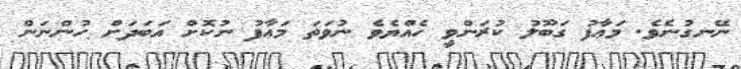
ނޭނގުނެވެ. މަޢާފު ގަބޫލު ކުރަންވީ ހެއްޔެވެ ނުވަތަ މަޢާފު ނުކޮށް އަބަދަށް ހުންނަން